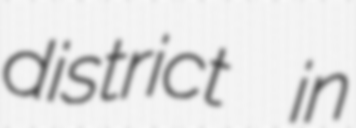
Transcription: district  in